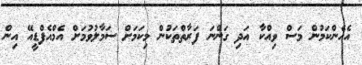
އެހެންކަމުން މަސް ވިއްކާ އަދި ގަންނަ ފަރާތްތަކުން މިކަމަށް ސަމާލުވުމަށް އެމްއެފްޑީއޭ އިން